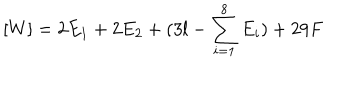
LaTeX: [ W ] = 2 E _ { 1 } + 2 E _ { 2 } + ( 3 l - \sum _ { i = 1 } ^ { 8 } E _ { i } ) + 2 9 F